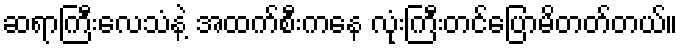
ဆရာကြီးလေသံနဲ့ အထက်စီးကနေ လုံးကြီးတင်ပြောမိတတ်တယ်။